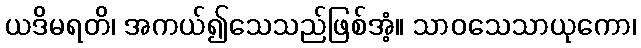
ယဒိမရတိ၊ အကယ်၍သေသည်ဖြစ်အံ့။ သာဝသေသာယုကော၊